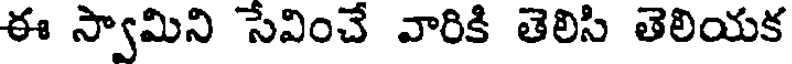
ఈ స్వామిని సేవించే వారికి తెలిసి తెలియక